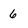
Character: 6